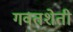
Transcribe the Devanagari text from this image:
गवतशेती